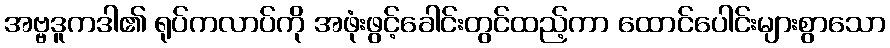
အဗ္ဗဒူကဒါ၏ ရုပ်ကလာပ်ကို အဖုံးဖွင့်ခေါင်းတွင်ထည့်ကာ ထောင်ပေါင်းများစွာသော